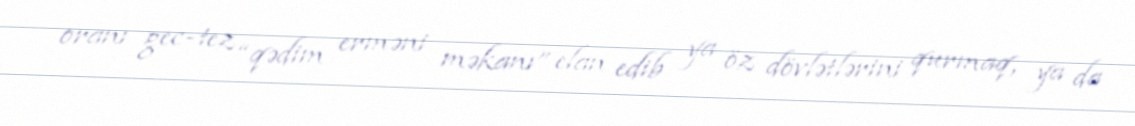
oranı gec-tez “qədim erməni məkanı” elan edib ya öz dövlətlərini qurmaq, ya da